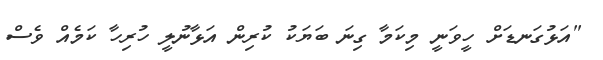
"އަޅުގަނޑަށް ހީވަނީ މިކަމާ ގިނަ ބަޔަކު ކުރިން އަޅާނުލީ ހުރިހާ ކަމެއް ވެސް